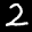
Label: 2